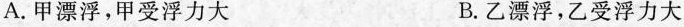
A.甲漂浮，甲受浮力大 B.乙漂浮，乙受浮力大